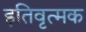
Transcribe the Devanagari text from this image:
इतिवृत्मक